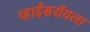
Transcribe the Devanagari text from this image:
व्हाईसरॉयला